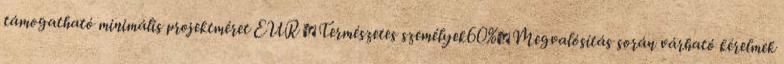
támogatható minimális projektméret EUR ▪Természetes személyek60%▪Megvalósítás során várható kérelmek